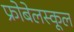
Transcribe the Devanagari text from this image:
फ्रोबेलस्कूल